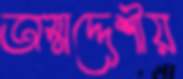
অস্মদ্দেশীয়